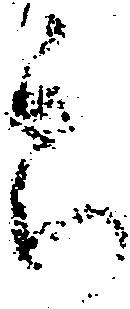
郎